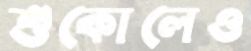
শুকোলেও